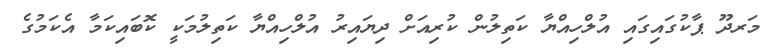
މަރދޫ ޕާކުގައިގައި އުލްހިއްޔާ ކަތިލުން ކުރިއަށް ދިޔައިރު އުލްހިއްޔާ ކަތިލުމަކީ ކޮބައިކަމާ އެކަމުގެ